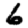
Digit: 6